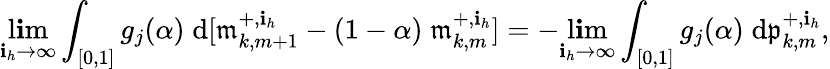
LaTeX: \operatorname*{l\mathbf{i}m}_{\mathbf{i}_{h}\to\infty}\int_{[0,1]}g_{j}(\alpha)\; \mathrm{{d}}[\mathfrak{{m}}_{k,m+1}^{+,\mathbf{i}_{h}}-(1-\alpha)\; \mathfrak{{m}}_{k,m}^{+,\mathbf{i}_{h}}]=-\operatorname*{l\mathbf{i}m}_{\mathbf{i}_{h}\to\infty}\int_{[0,1]}g_{j}(\alpha)\; \mathrm{{d}}\mathfrak{{p}}_{k,m}^{+,\mathbf{i}_{h}},